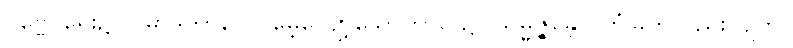
ပုဗ္ဗေ၊ ရှေး၌။ ပမာဒကာလေ၊ မေ့လျော့သောကာလ၌။ သမ္မဇ္ဇန္တော၊ တံမြက်လှည်းလျက်။